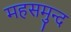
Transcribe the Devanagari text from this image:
महसमुन्द